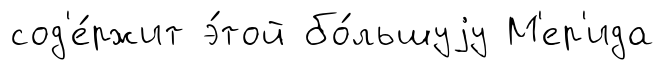
сод'е́ржит э́той бо́льшуjу М'ер'ида